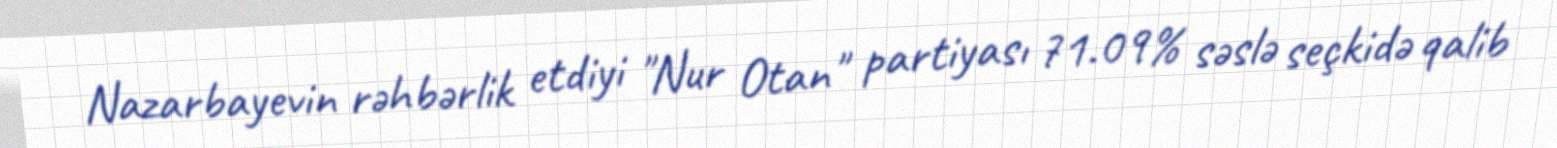
Nazarbayevin rəhbərlik etdiyi "Nur Otan" partiyası 71.09% səslə seçkidə qalib